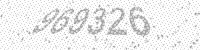
Solution: 969326